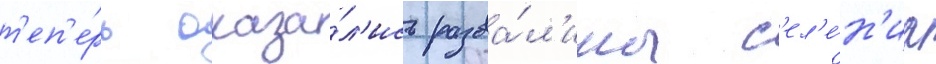
т'еп'е́рь оказа́л'ись разва́л'ины с'ел'е́н'иа